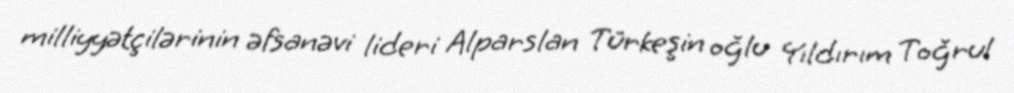
milliyyətçilərinin əfsanəvi lideri Alparslan Türkeşin oğlu Yıldırım Toğrul